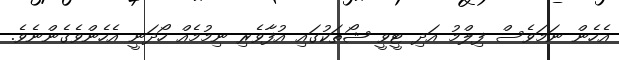
އެހެން ނަމަވެސް ފިލްމު އަދި ޓީވީ ޝޯތަކުގައި އުފާވެރި ނިމުމެއް ހޯދަނީ އެހެންވެގެންނެވެ.